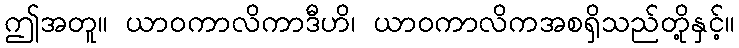
ဤအတူ။ ယာဝကာလိကာဒီဟိ၊ ယာဝကာလိကအစရှိသည်တို့နှင့်။